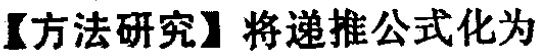
【方法研究】将递推公式化为